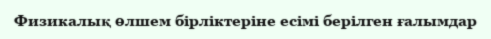
Физикалық өлшем бірліктеріне есімі берілген ғалымдар